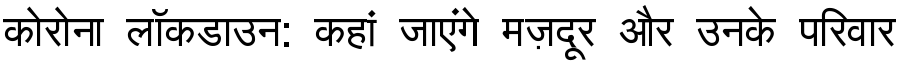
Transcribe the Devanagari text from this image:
कोरोना लॉकडाउन: कहां जाएंगे मज़दूर और उनके परिवार